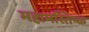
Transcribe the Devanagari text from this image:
महामस्तिष्क